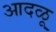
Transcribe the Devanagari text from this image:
आदळू